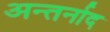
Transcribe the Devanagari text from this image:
अन्तर्नाद